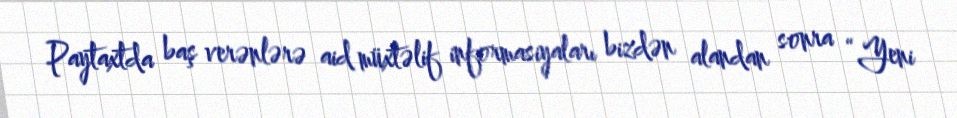
Paytaxtda baş verənlərə aid müxtəlif informasiyaları bizdən alandan sonra “Yeni